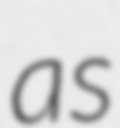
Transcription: as